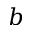
b